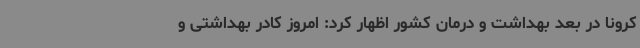
کرونا در بعد بهداشت و درمان کشور اظهار کرد: امروز کادر بهداشتی و